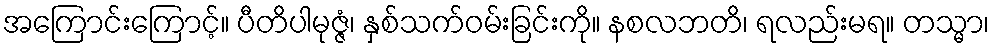
အကြောင်းကြောင့်။ ပီတိပါမုဇ္ဇံ၊ နှစ်သက်ဝမ်းခြင်းကို။ နစလဘတိ၊ ရလည်းမရ။ တသ္မာ၊